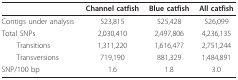
<table><thead><tr><td></td><td><b>Channel catfish</b></td><td><b>Blue catfish</b></td><td><b>All catfish</b></td></tr></thead><tbody><tr><td>Contigs under analysis</td><td>523,815</td><td>525,428</td><td>526,099</td></tr><tr><td>Total SNPs</td><td>2,030,410</td><td>2,497,806</td><td>4,236,135</td></tr><tr><td> Transitions</td><td>1,311,220</td><td>1,616,477</td><td>2,751,244</td></tr><tr><td> Transversions</td><td>719,190</td><td>881,329</td><td>1,484,891</td></tr><tr><td>SNP/100 bp</td><td>1.6</td><td>1.8</td><td>3.0</td></tr></tbody></table>